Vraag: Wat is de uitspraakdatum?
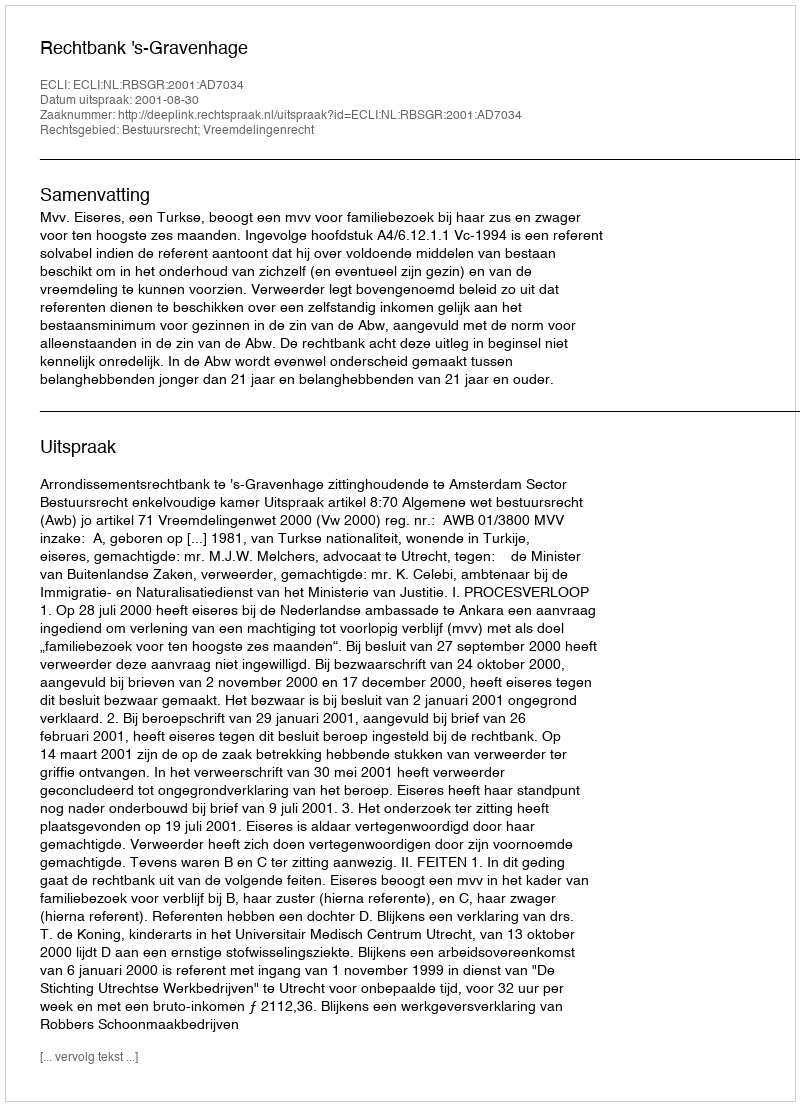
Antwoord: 2001-08-30